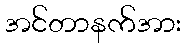
အင်တာနက်အား